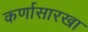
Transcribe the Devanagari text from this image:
कर्णासारखा